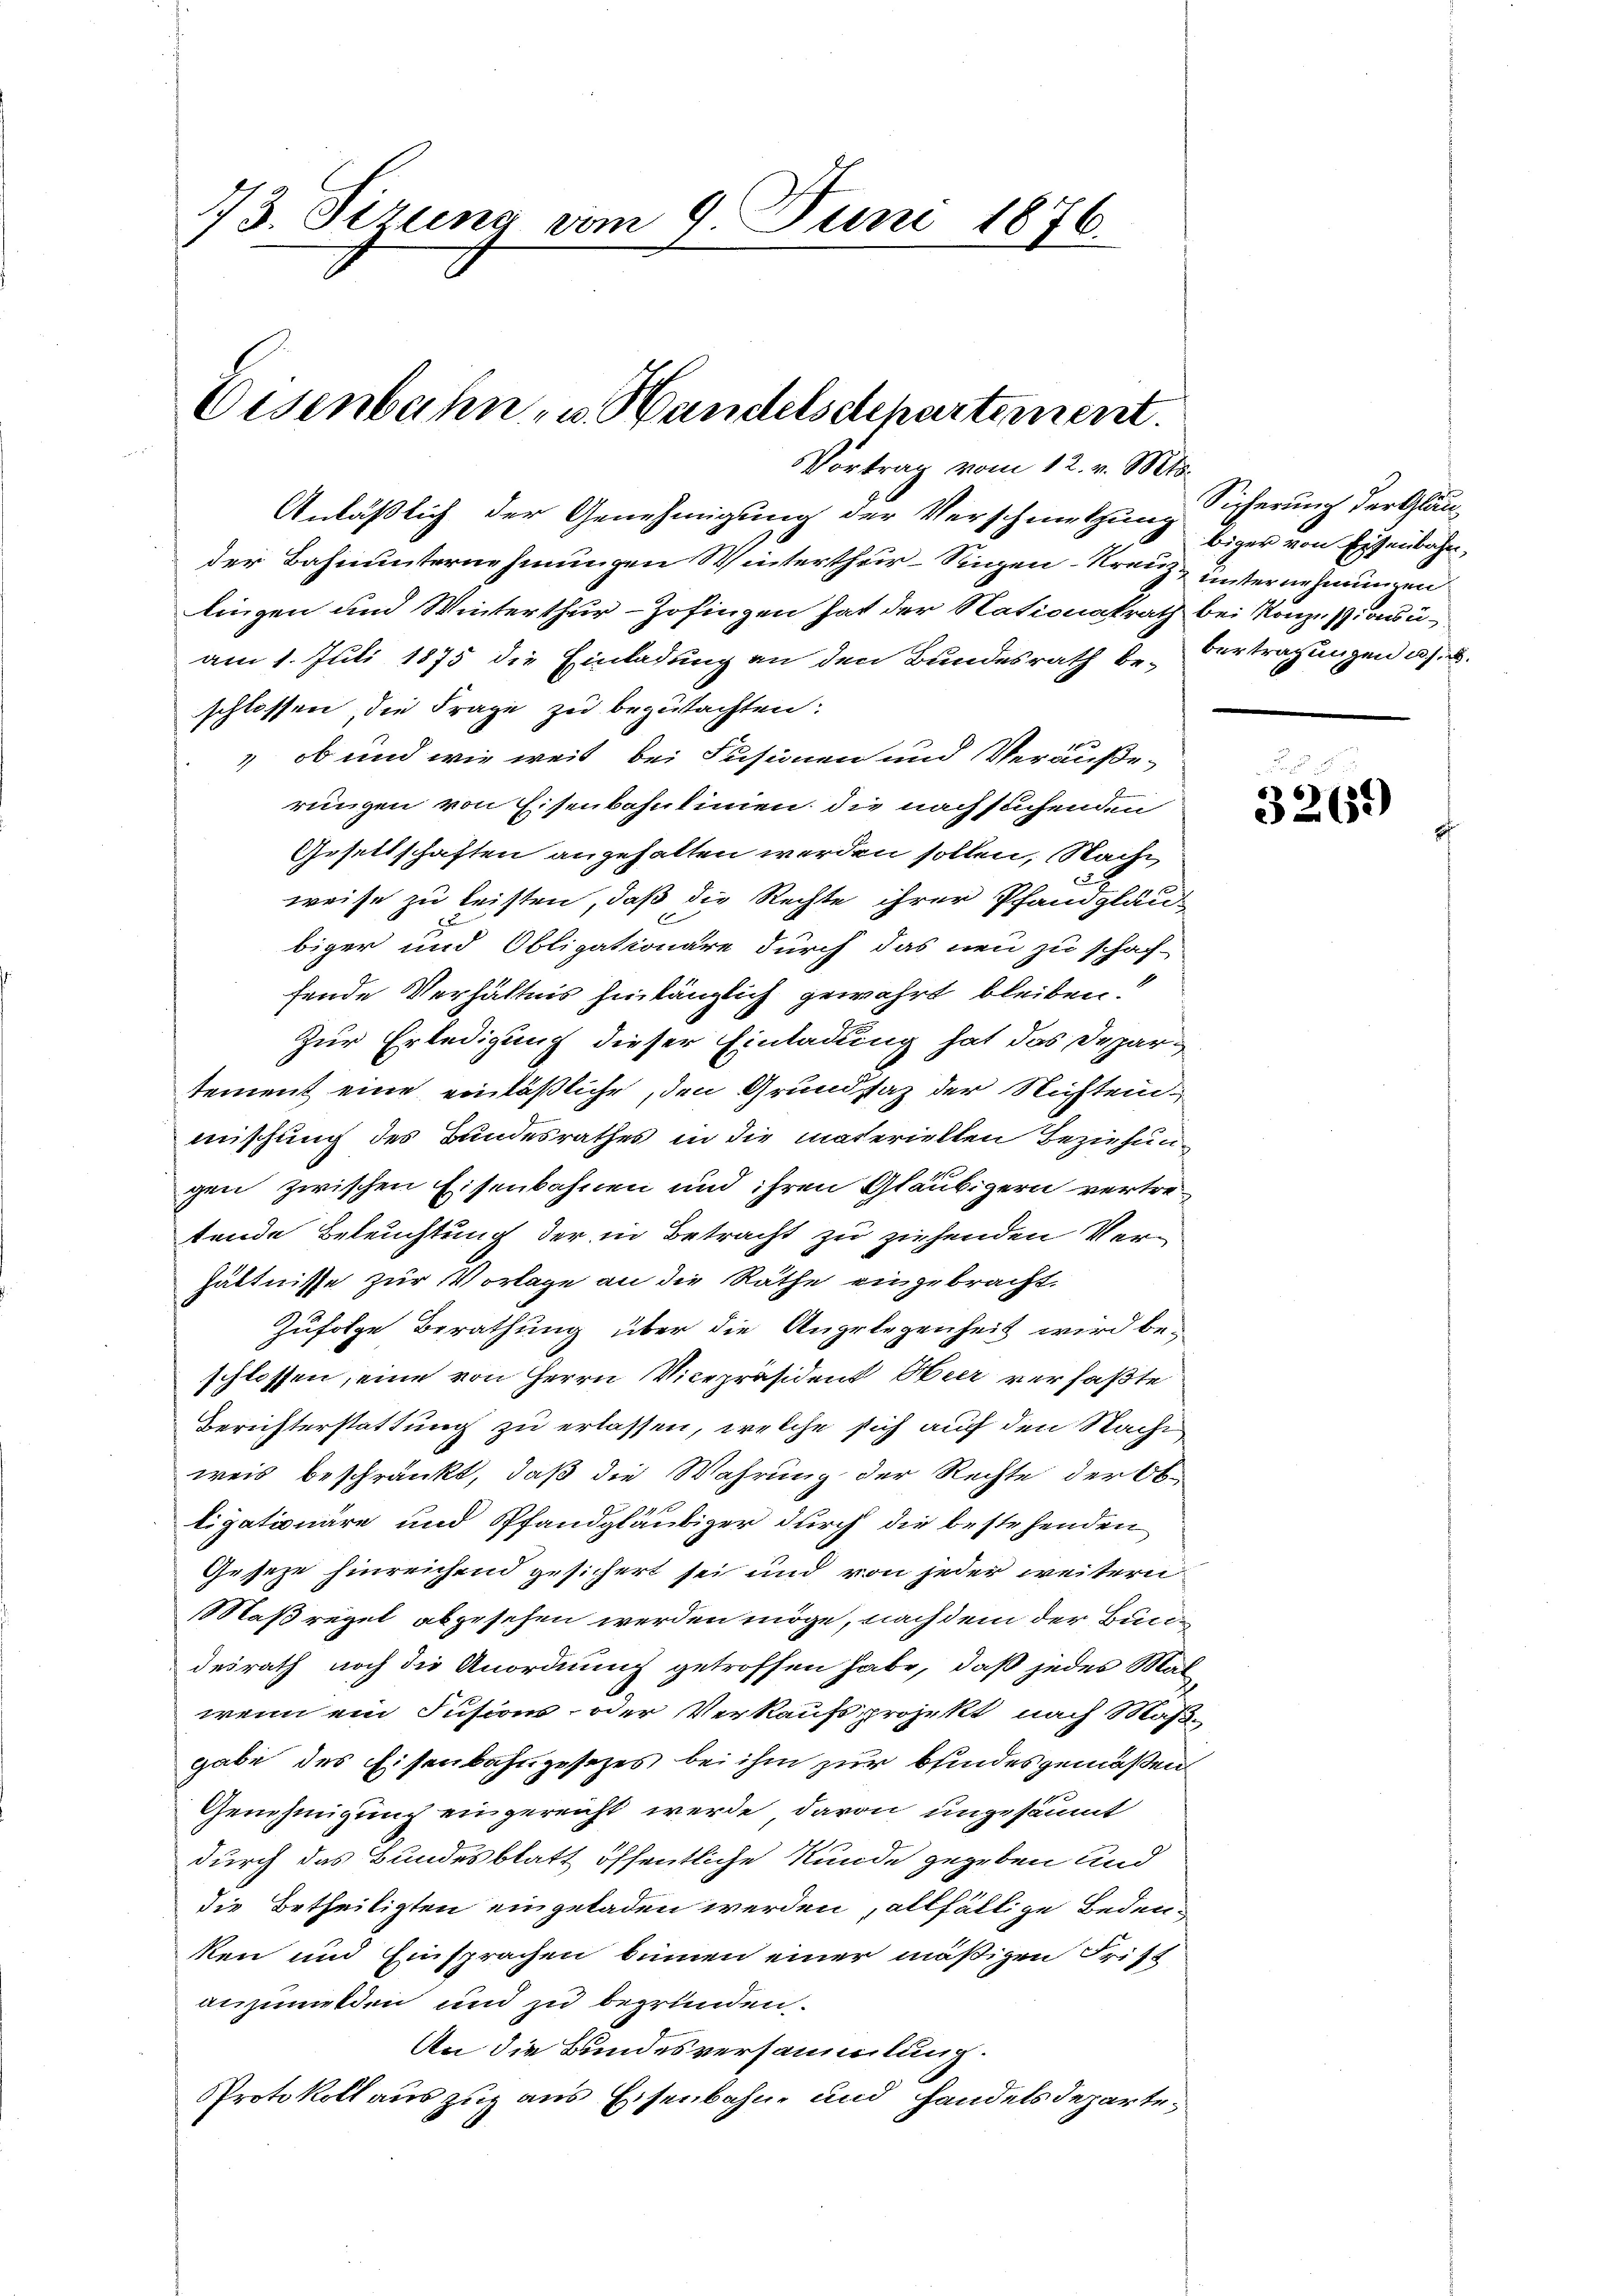
13. Ferung vom 9. Juni 1876.

Eisenbahn, u. Handelschartement.
Vortrag vom 12. v. Mts.

Anläßlich der Genehmigung der Verschmetzung zur von Eisenbahn,
der Bahnunternehmungen Winterthur–Singen–Kreuz unternehmungen
lingen und Winterthur - Zofingen hat der Nationalrath bei Konzessionsuam 1. Juli 1875 die Einladung an den Bundesrath be- Vertragungen u. s. w.
schlossen, die Frage zu begutachten:
 ob und wie weit bei Fusionen und Veräußerungen von Eisenbahnlinien die nachsuchenden
Gesettschaften angehalten werden sollen, Nachweise zu leisten, daß die Rechte ihrer Pfandgläu
biger und Obligationäre durch das neu zu schaf-
fende Verhältnis hinlänglich gewährt bleiben.
Zur Erledigung dieser Einladung hat das Departement eine einläßliche, den Grundsaz der Nichtenmischung des Bundesrathes in die materiellen Beziehung
gen zwischen Eisenbahnen und ihren Gläubigern vertretende Beleuchtung der in Betracht zu ziehenden Verhältnisse zur Vorlage an die Räthe eingebracht.
Zufolge Berathung über die Angelegenheit wird beschlossen, eine von Herrn Vicepräsident Heer verfaßte
Berichterstattung zu erlassen, welche sich auf den Nacht
weis beschränkt, daß die Wahrung der Rechte der Ob¬
9
ligationäre und Pfandgläubiger durch die bestehenden
Geseze hinreichend gesichert sei und von jeder weitern
Maßregel abgesehen werden möge, nach dem der Bucidesrath noch die Anordnung getroffen habe, daß jedes Malwenn ein Fusions- oder Verkaufs projekt nach Maßgabe des Eisenbahngesezes bei ihm zur bindesgemäßen
Genehmigung eingereicht werde, davon ungesäumt
durch das Bundesblatt öffentliche Stunde gegeben und
die Betheiligten eingeladen werden, allfällige Bedeuken und Einsprachen binnen einer mäßigen Frist
auzumulden und zu begründen.
An die Bundesversammlung.
Protokoll auszug aus Eisenbahne und Handelsdeparte¬

Sicherung der Gläu¬

F
3261)